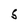
Character: 5